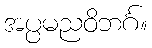
အပ္ပမညဝိဘင်္ဂ။